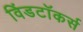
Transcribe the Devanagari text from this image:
विंडटॉकर्स